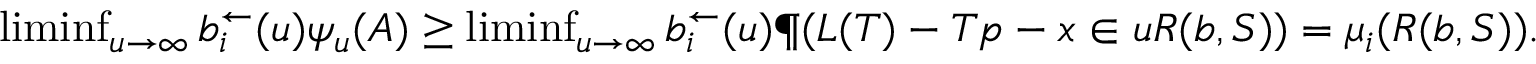
\begin{array} { r } { \operatorname* { l i m i n f } _ { u \to \infty } b _ { i } ^ { \leftarrow } ( u ) \psi _ { u } ( A ) \geq \operatorname* { l i m i n f } _ { u \to \infty } b _ { i } ^ { \leftarrow } ( u ) \P ( \boldsymbol L ( T ) - T \boldsymbol p - \boldsymbol x \in u R ( \boldsymbol b , S ) ) = \mu _ { i } ( R ( \boldsymbol b , S ) ) . } \end{array}